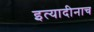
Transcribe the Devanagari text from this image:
इत्यादीनाच